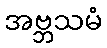
အဗ္ဘသမံ